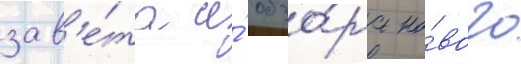
зав'е́та и́ обзо́ра но́вого